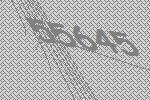
55645